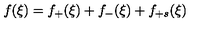
f ( \xi ) = f _ { + } ( \xi ) + f _ { - } ( \xi ) + f _ { + s } ( \xi )